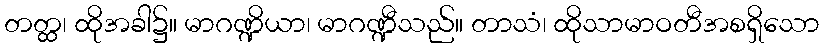
တတ္ထ၊ ထိုအခါ၌။ မာဂဏ္ဍိယာ၊ မာဂဏ္ဍီသည်။ တာသံ၊ ထိုသာမာဝတီအစရှိသော